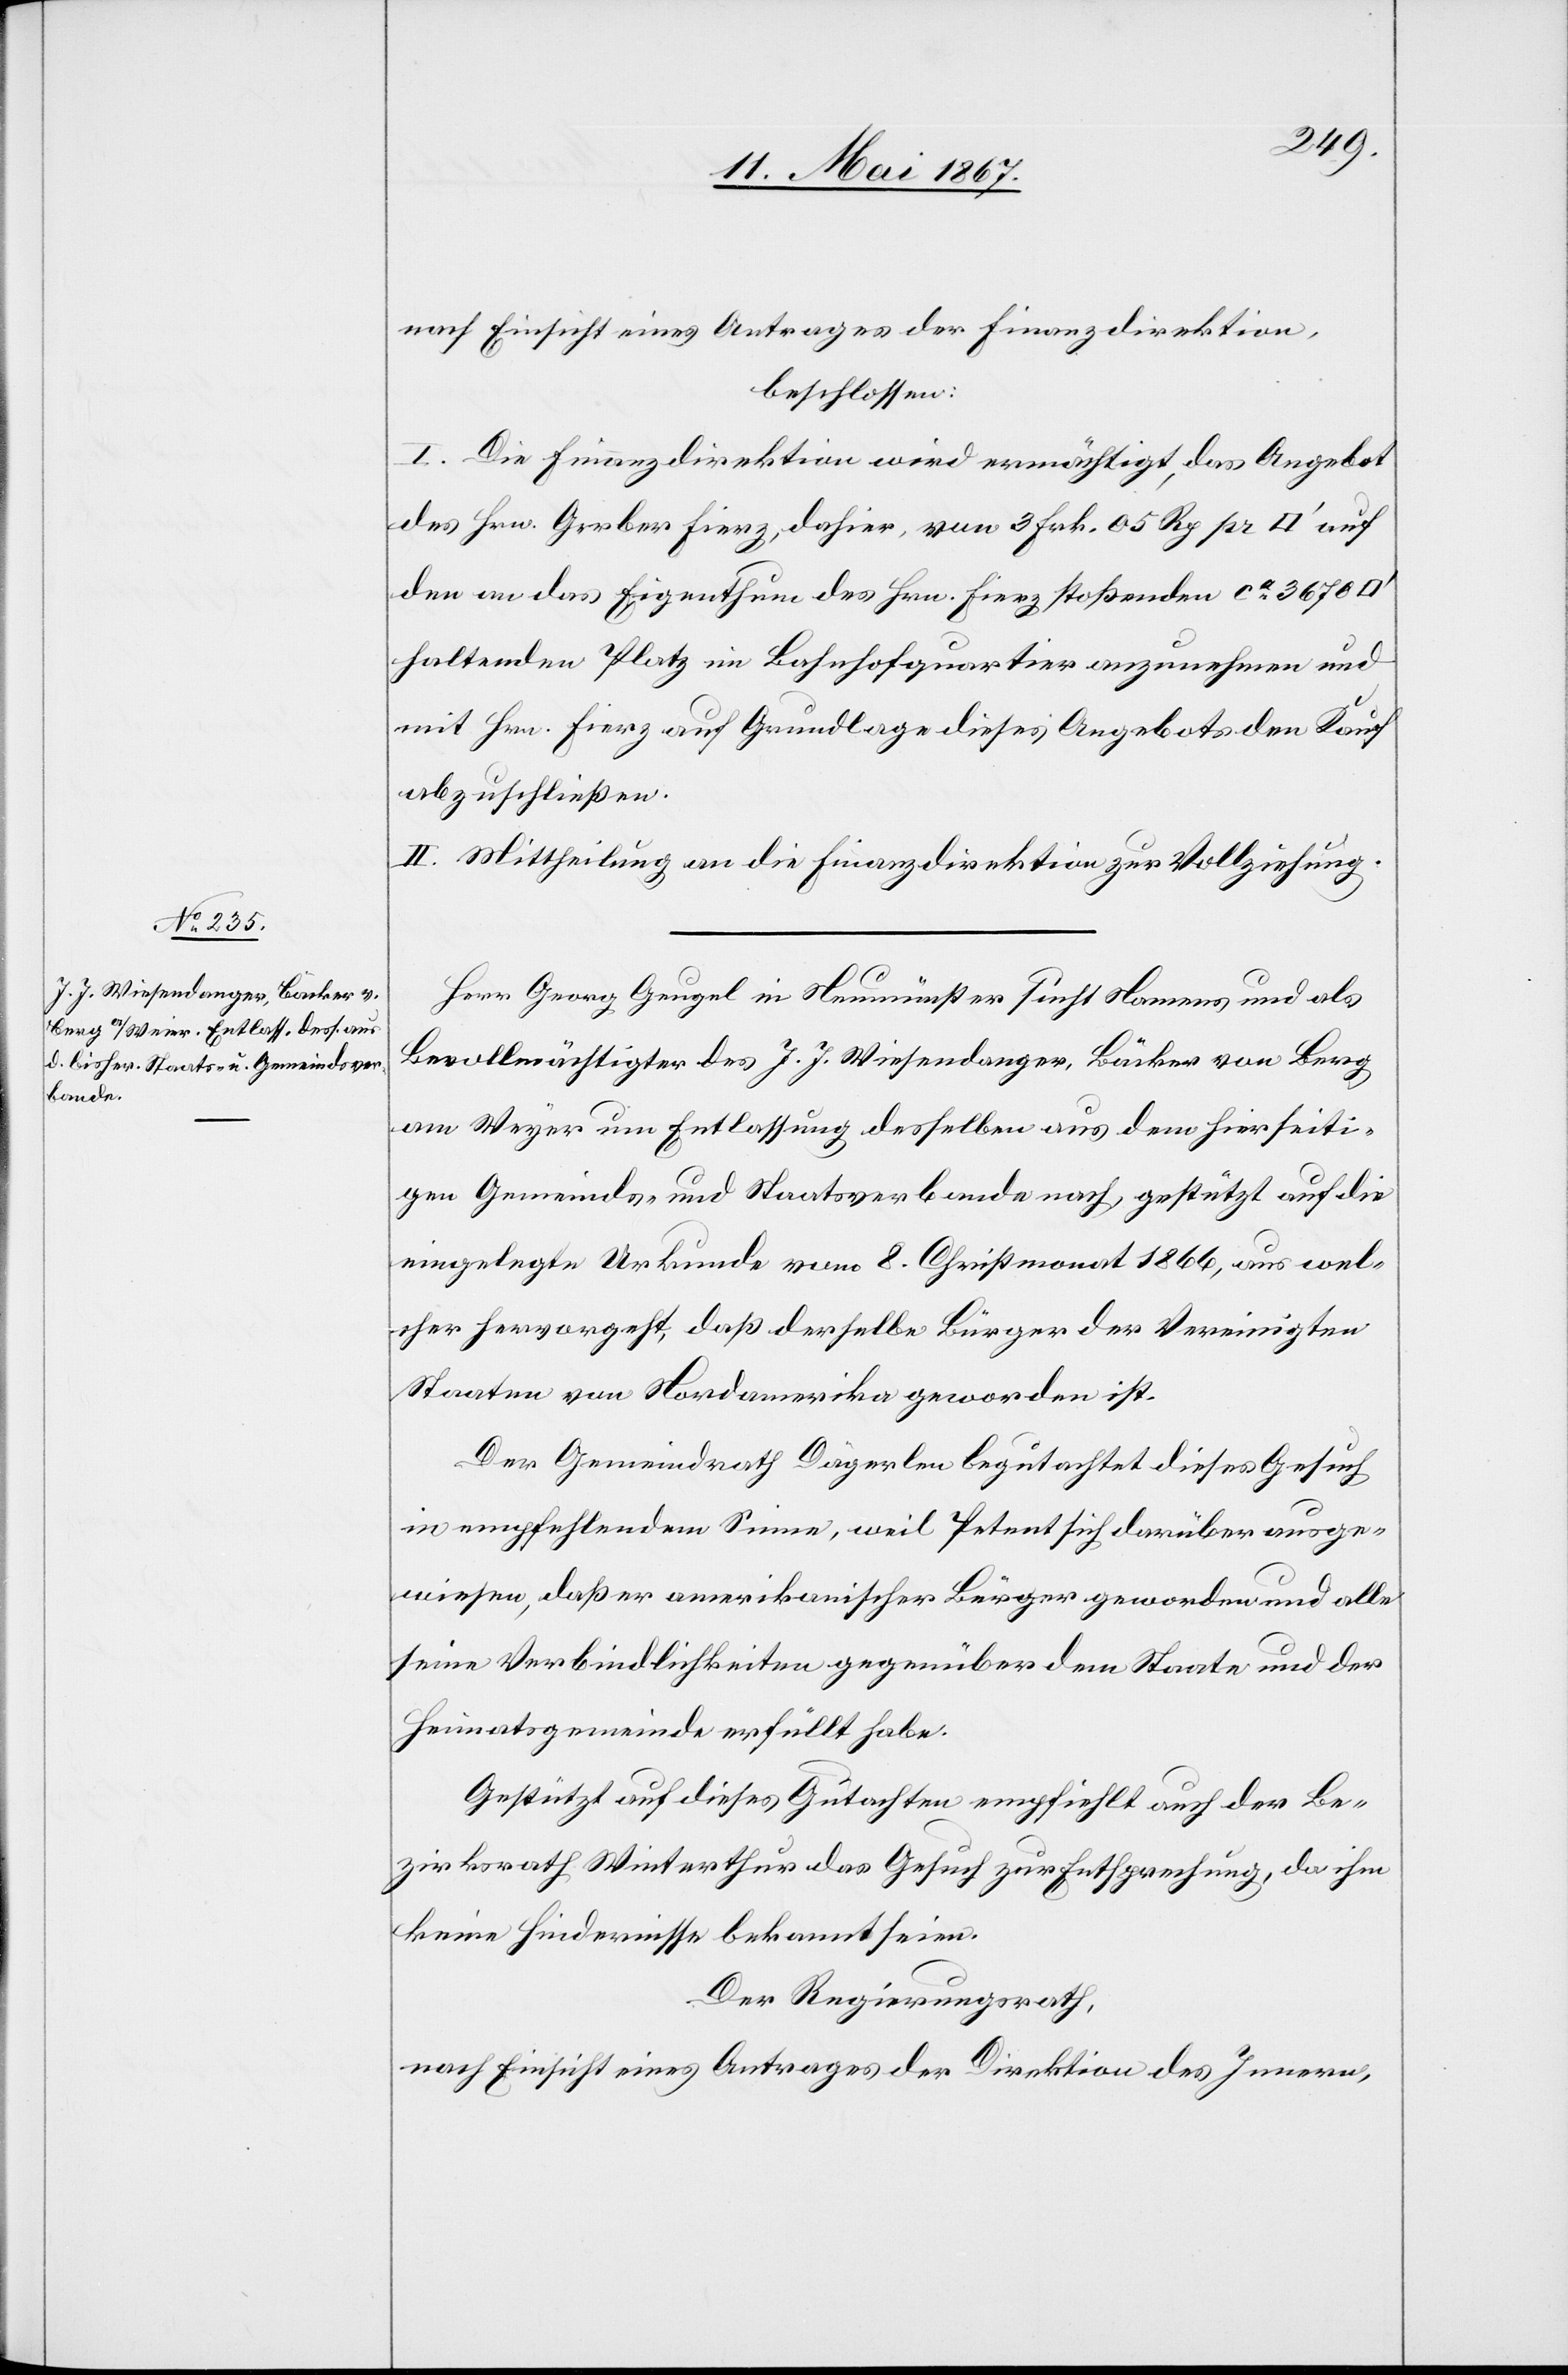
nach Einsicht eines Antrages der Finanzdirektion,
beschlossen:
I. Die Finanzdirektion wird ermächtigt, das Angebot
des Hrn. Gerber Fierz, dahier, von 3 Frk. 05 Rp. pr [Quadratfuß]
den an das Eigenthum des Hrn. Fierz stoßenden ca. 3670
haltenden Platz im Bahnhofquartier anzunehmen und
mit Hrn. Fierz auf Grundlage dieses Angebots den Kauf
abzuschließen.
II. Mittheilung an die Finanzdirektion zur Vollziehung.
Herr Georg Geupel in Neumünster sucht Namens und als
Bevollmächtigter des J. J. Wiesendanger, Bäcker von Berg
am Weyer um Entlassung desselben aus dem hierseiti¬
gen Gemeinds- und Staatsverbande nach, gestützt auf die
eingelegte Urkunde vom 8. Christmonat 1866, aus wel¬
cher hervorgeht, daß derselbe Bürger der Vereinigten
Staaten von Nordamerika geworden ist.
Der Gemeindrath Dägerlen begutachtet dieses Gesuch
in empfehlendem Sinne, weil Petent sich darüber ausge¬
wiesen, daß er amerikanischer Bürger geworden und alle
seine Verbindlichkeiten gegenüber dem Staate und der
Heimatsgemeinde erfüllt habe.
Gestützt auf dieses Gesuch empfiehlt auch der Be¬
zirksrath Winterthur das Gesuch zur Entsprechung, da ihm
keine Hindernisse bekannt sind.
Der Regierungsrath,
nach Einsicht eines Antrages der Direktion des Innern,